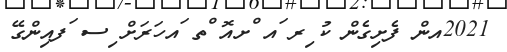
2021އން ފެށިގެން ކު ިރ ައ ްށއޮ ްތ ައހަރަށް ިސ ަފއިންގޭ